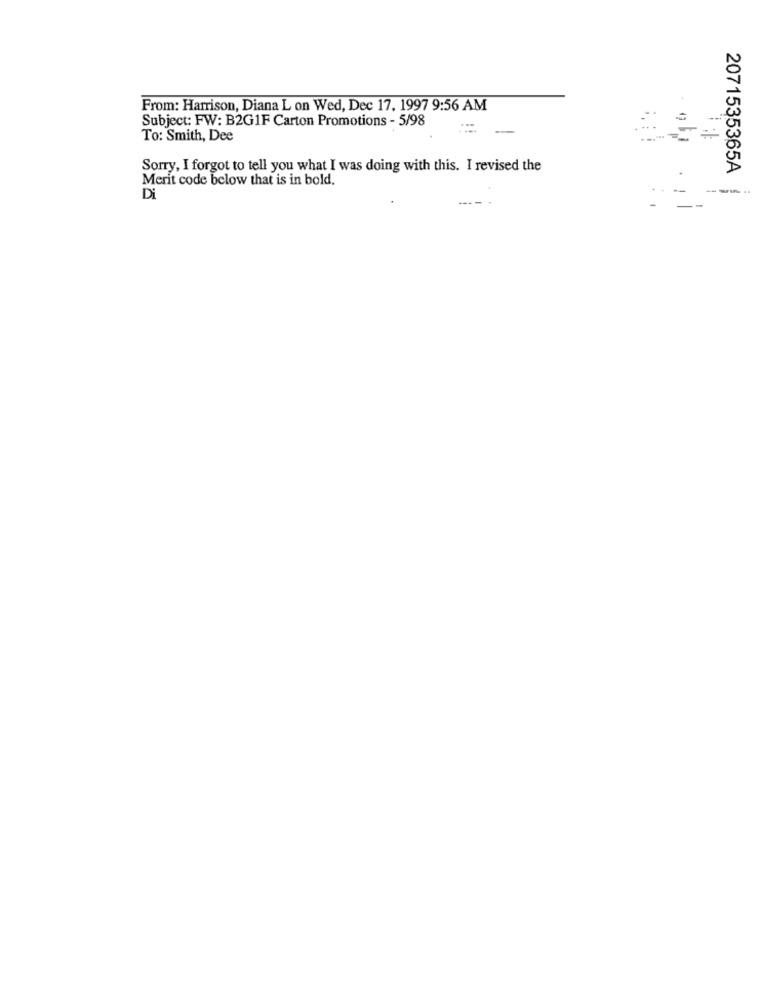
From: Harrison, Diana L on Wed, Dec 17, 1997 9:56 AM
Subject: FW: B2G1F Carton Promotions - 5/98
To: Smith, Dee
Sorry, I forgot to tell you what I was doing with this. I revised the
2071535365A
Merit code below that is in bold.
---
Di